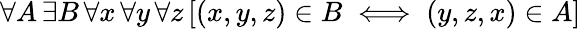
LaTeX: \forall A\, \exists B\, \forall x\, \forall y\, \forall z\, [(x,y,z)\in B\iff(y,z,x)\in A]